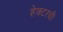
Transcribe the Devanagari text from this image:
हेक्टरची